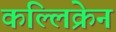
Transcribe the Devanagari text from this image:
कल्लिक्रेन